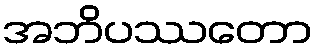
အဘိပဿတော